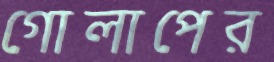
গোলাপের